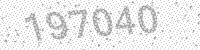
Solution: 197040